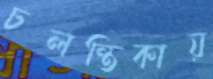
চলন্তিকায়